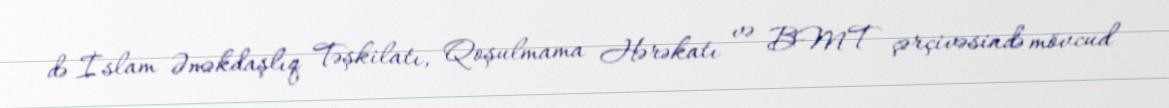
də İslam Əməkdaşlıq Təşkilatı, Qoşulmama Hərəkatı və BMT çərçivəsində mövcud